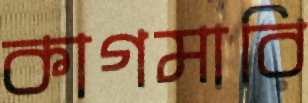
কাগমারি